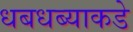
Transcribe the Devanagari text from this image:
धबधब्याकडे